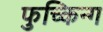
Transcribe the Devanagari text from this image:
फुच्किन्ग